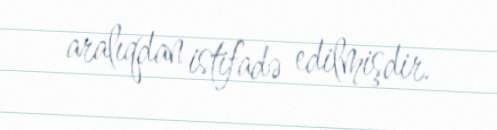
aralıqdan istifadə edilmişdir.